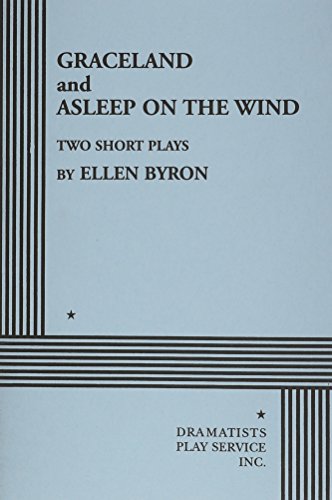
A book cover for Graceland and Asleep on the Wind; Ellen Byron; Literature & Fiction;